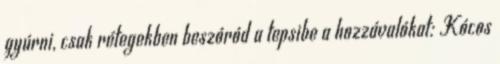
gyúrni, csak rétegekben beszóród a tepsibe a hozzávalókat: Kócos